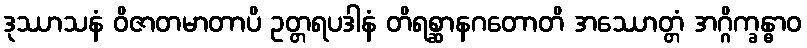
ဒုဿာသနံ ဝိဇာတမာတာပိ ဥတ္တရပဒါနံ တိရစ္ဆာနဂတောတိ အဿောတ္တံ အဂ္ဂိက္ခန္ဓာဝ